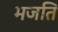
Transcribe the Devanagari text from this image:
भजति